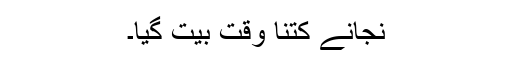
نجانے کتنا وقت بیت گیا۔